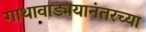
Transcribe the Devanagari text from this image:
गाथावाड्मयानंतरच्या